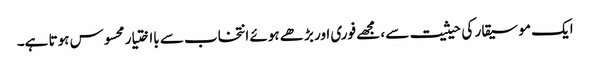
ایک موسیقار کی حیثیت سے ، مجھے فوری اور بڑھے ہوئے انتخاب سے بااختیار محسوس ہوتا ہے۔